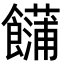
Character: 𩟢